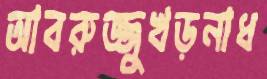
আবরুজ্জুখড়নাধ